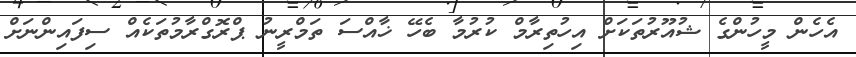
އެހެން މީހުންގެ ޝުއޫރުތަކަށް އިހުތިރާމް ކުރުމާ ބެހޭ ޚާއްސަ ތަމްރީނު ޕްރޮގްރާމުތަކެއް ސިފައިންނަށް